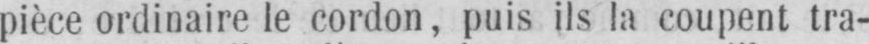
pièce ordinaire le cordon, puis ils la coupent tra-